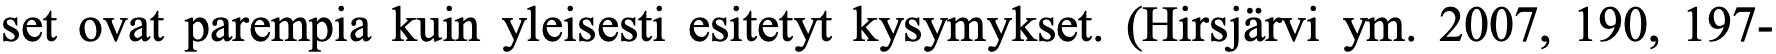
set ovat parempia kuin yleisesti esitetyt kysymykset. (Hirsjärvi ym. 2007, 190, 197-